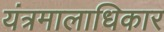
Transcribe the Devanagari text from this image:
यंत्रमालाधिकार